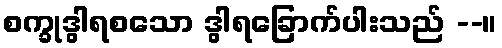
စက္ခုဒွါရစသော ဒွါရခြောက်ပါးသည် --။